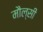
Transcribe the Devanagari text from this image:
मौल्सी